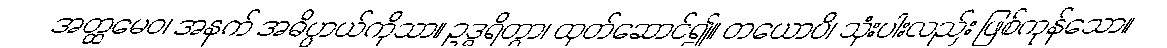
အတ္ထမေဝ၊ အနက် အဓိပ္ပာယ်ကိုသာ။ ဥဒ္ဓရိတွာ၊ ထုတ်ဆောင်၍။ တယောပိ၊ သုံးပါးလည်း ဖြစ်ကုန်သော။